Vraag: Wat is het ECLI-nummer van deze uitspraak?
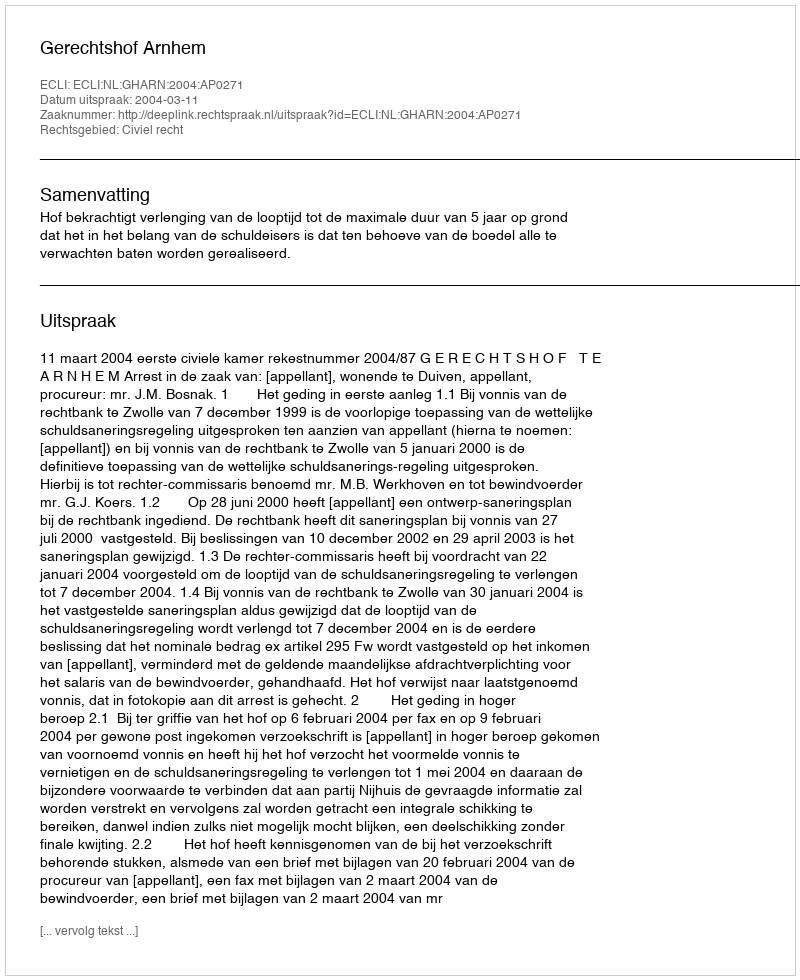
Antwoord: ECLI:NL:GHARN:2004:AP0271